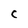
Character: C